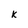
Character: k